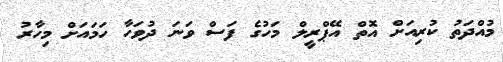
މުއްދަތު ކުރިއަށް އޮތް އޭޕްރީލް މަހުގެ ފަސް ވަނަ ދުވަހާ ހަމަައަށް މިހާރު